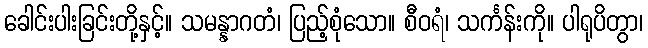
ခေါင်းပါးခြင်းတို့နှင့်။ သမန္နာဂတံ၊ ပြည့်စုံသော။ စီဝရံ၊ သင်္ကန်းကို။ ပါရုပိတွာ၊